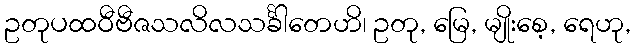
ဥတုပထဝီဗီဇသလိလသင်္ခါတေဟိ၊ ဥတု, မြေ, မျိုးစေ့, ရေဟု,